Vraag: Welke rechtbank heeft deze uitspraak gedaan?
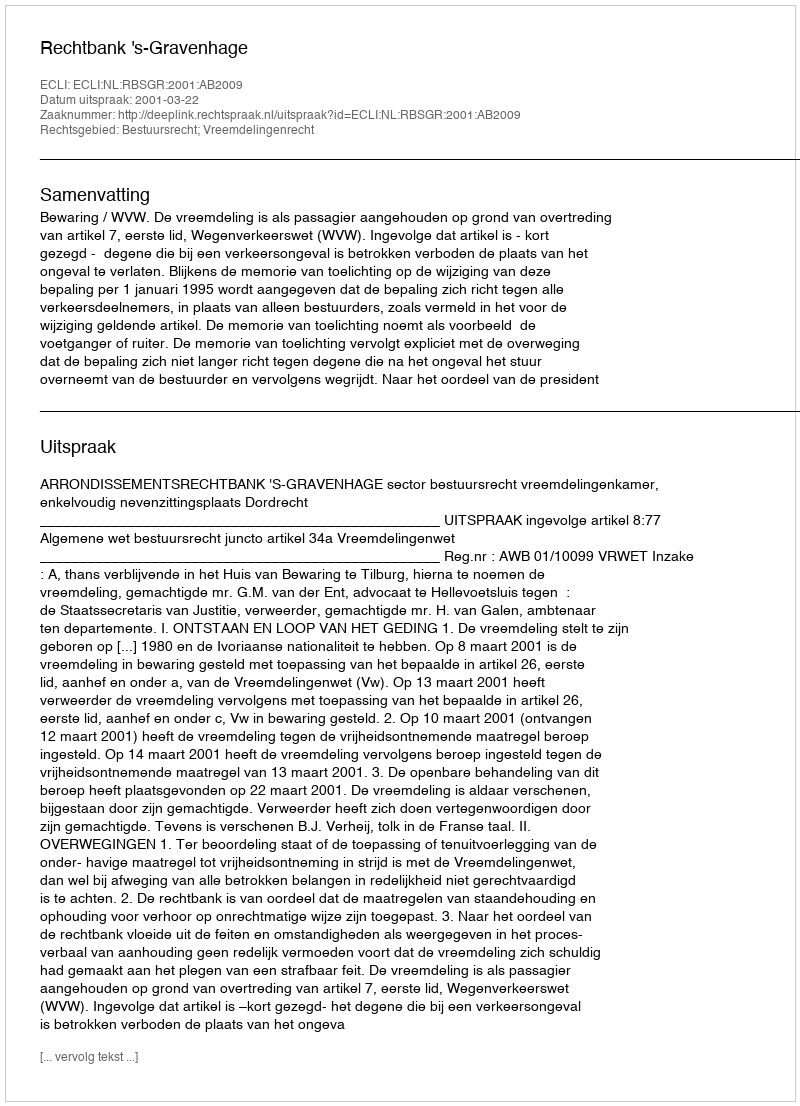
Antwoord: Rechtbank 's-Gravenhage